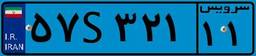
۱۵S۹۰۹۱۵